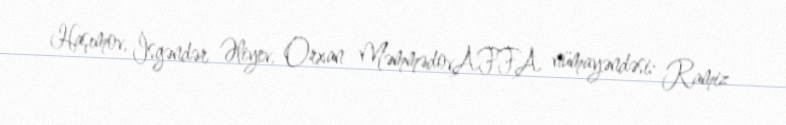
Haşımov, İsgəndər Əliyev, Orxan MəmmədovAFFA nümayəndəsi: Ramiz